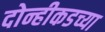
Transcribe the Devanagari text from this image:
दोन्हीकडच्या